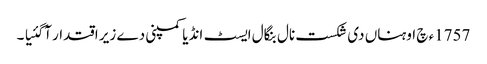
1757ء چ اوہناں دی شکست نال بنگال ایسٹ انڈیا کمپنی دے زیر اقتدار آگئیا ۔